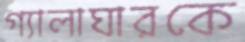
গ্যালাঘারকে